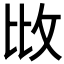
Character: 𢻹